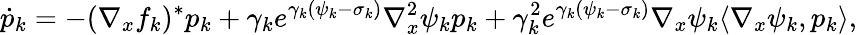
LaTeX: \dot{p}_{k}=-(\nabla_{x}f_{k})^{*}p_{k}+\gamma_{k}e^{\gamma_{k}(\psi_{k}-\sigma_{k})}\nabla_{x}^{2}\psi_{k}p_{k}+\gamma_{k}^{2}e^{\gamma_{k}(\psi_{k}-\sigma_{k})}\nabla_{x}\psi_{k}\langle\nabla_{x}\psi_{k},p_{k}\rangle,